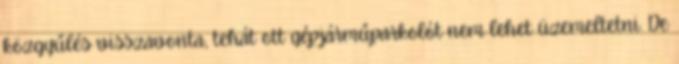
közgyűlés visszavonta, tehát ott gépjárműparkolót nem lehet üzemeltetni. De